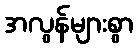
အလွန်များစွာ